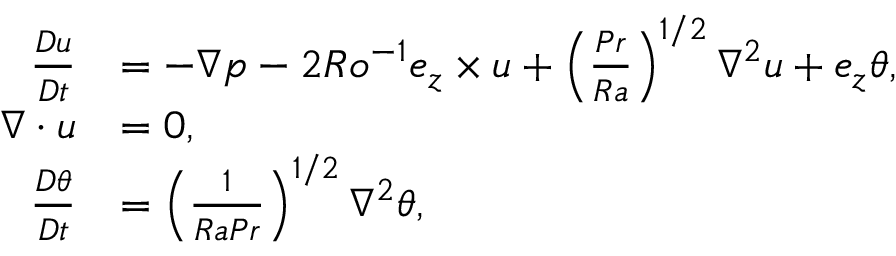
\begin{array} { r l } { \frac { D \boldsymbol { u } } { D t } } & { = - \nabla p - 2 R o ^ { - 1 } \boldsymbol { e } _ { z } \times \boldsymbol { u } + \left( \frac { P r } { R a } \right) ^ { 1 / 2 } \nabla ^ { 2 } \boldsymbol { u } + \boldsymbol { e } _ { z } \theta , } \\ { \nabla \cdot \boldsymbol { u } } & { = 0 , } \\ { \frac { D \theta } { D t } } & { = \left( \frac { 1 } { R a P r } \right) ^ { 1 / 2 } \nabla ^ { 2 } \theta , } \end{array}